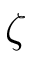
\zeta